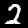
Digit: 2